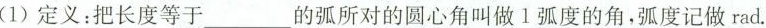
(1)定义：把长度等于___的弧所对的圆心角叫做1弧度的角，弧度记做rad。